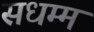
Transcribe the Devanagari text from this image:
सधम्म